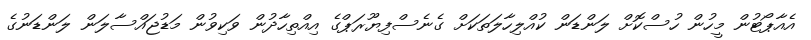
އެއާޕޯޓުން މީހުން ހުސްކޮށް ލަންޑަން ކުއްލިހާލަތަކަށް ގެނެސްފިޔޫރަޕްގެ އިއްތިހާދުން ވަކިވުން މަޑުޖައްސާލަން ލަންޑަނުގެ